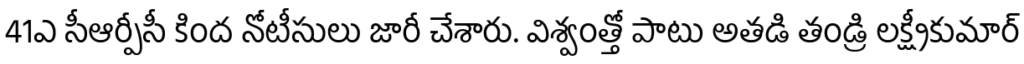
41ఎ సీఆర్పీసీ కింద నోటీసులు జారీ చేశారు. విశ్వంత్తో పాటు అతడి తండ్రి లక్ష్మీకుమార్